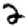
Digit: 2